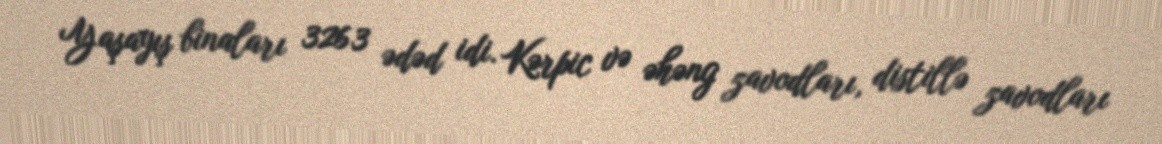
Yaşayış binaları 3263 ədəd idi. Kərpic və əhəng zavodları, distillə zavodları